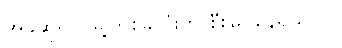
အခုဆိုရင် မြို့တစ်ခုလုံးကို စီးမြင်နေရသာပဲ။